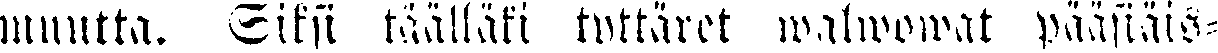
muutta. Siksi täälläki tyttäret walwowat pääsiäis-